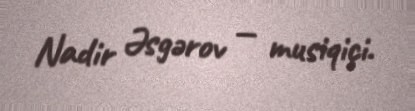
Nadir Əsgərov — musiqiçi.